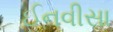
ઈનવીસા